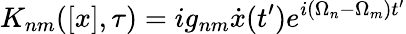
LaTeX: K_{nm}([x],\tau)=ig_{nm}\dot{x}(t^{\prime})e^{i(\Omega_{n}-\Omega_{m})t^{\prime}}